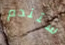
ستندم